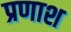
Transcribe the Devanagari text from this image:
प्रणाश